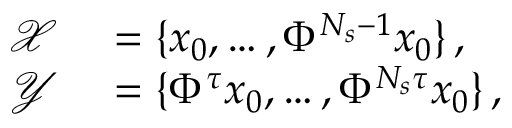
\begin{array} { r l } { \mathcal { X } } & { { } = \{ x _ { 0 } , \ldots , \Phi ^ { N _ { s } - 1 } x _ { 0 } \} \, , } \\ { \mathcal { Y } } & { { } = \{ \Phi ^ { \tau } x _ { 0 } , \ldots , \Phi ^ { N _ { s } \tau } x _ { 0 } \} \, , } \end{array}